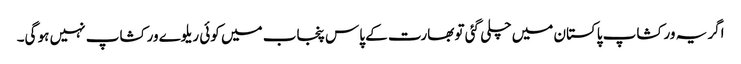
اگر یہ ورکشاپ پاکستان میں چلی گئی تو بھارت کے پاس پنجاب میں کوئی ریلوے ورکشاپ نہیں ہو گی۔